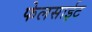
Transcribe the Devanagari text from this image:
फेलसाईट